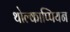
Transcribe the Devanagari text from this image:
थोल्काप्पियन